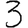
Digit: 3